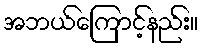
အဘယ်ကြောင့်နည်း။